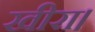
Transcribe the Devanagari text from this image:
खीरा।